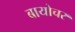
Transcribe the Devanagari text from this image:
बायोचर